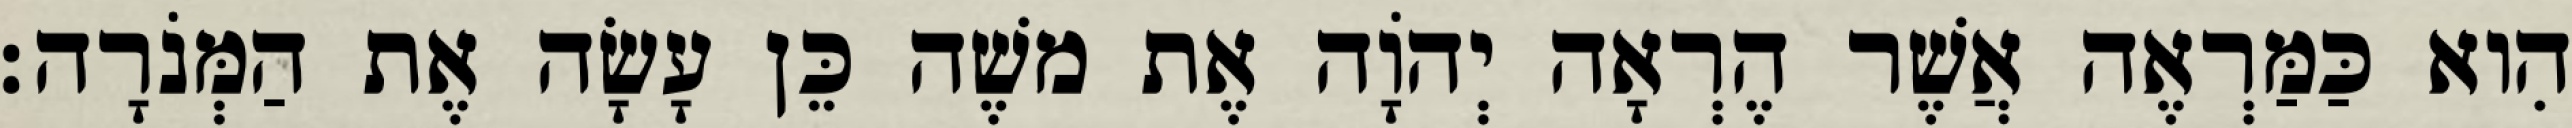
הִוא כַּמַּרְאֶה אֲשֶׁר הֶרְאָה יְהוָֹה אֶת משֶׁה כֵּן עָשָׂה אֶת הַמְּנֹרָה׃